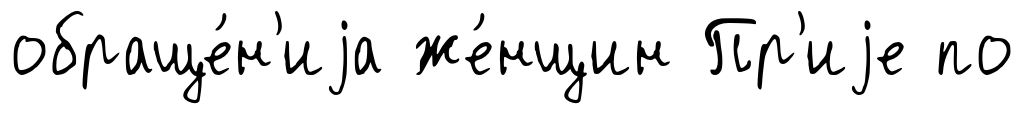
обраще́н'иjа же́нщин Пр'иjе по